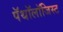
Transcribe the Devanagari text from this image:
पॅथॉलॉजिस्ट